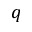
q